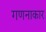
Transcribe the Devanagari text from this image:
गणनाकार